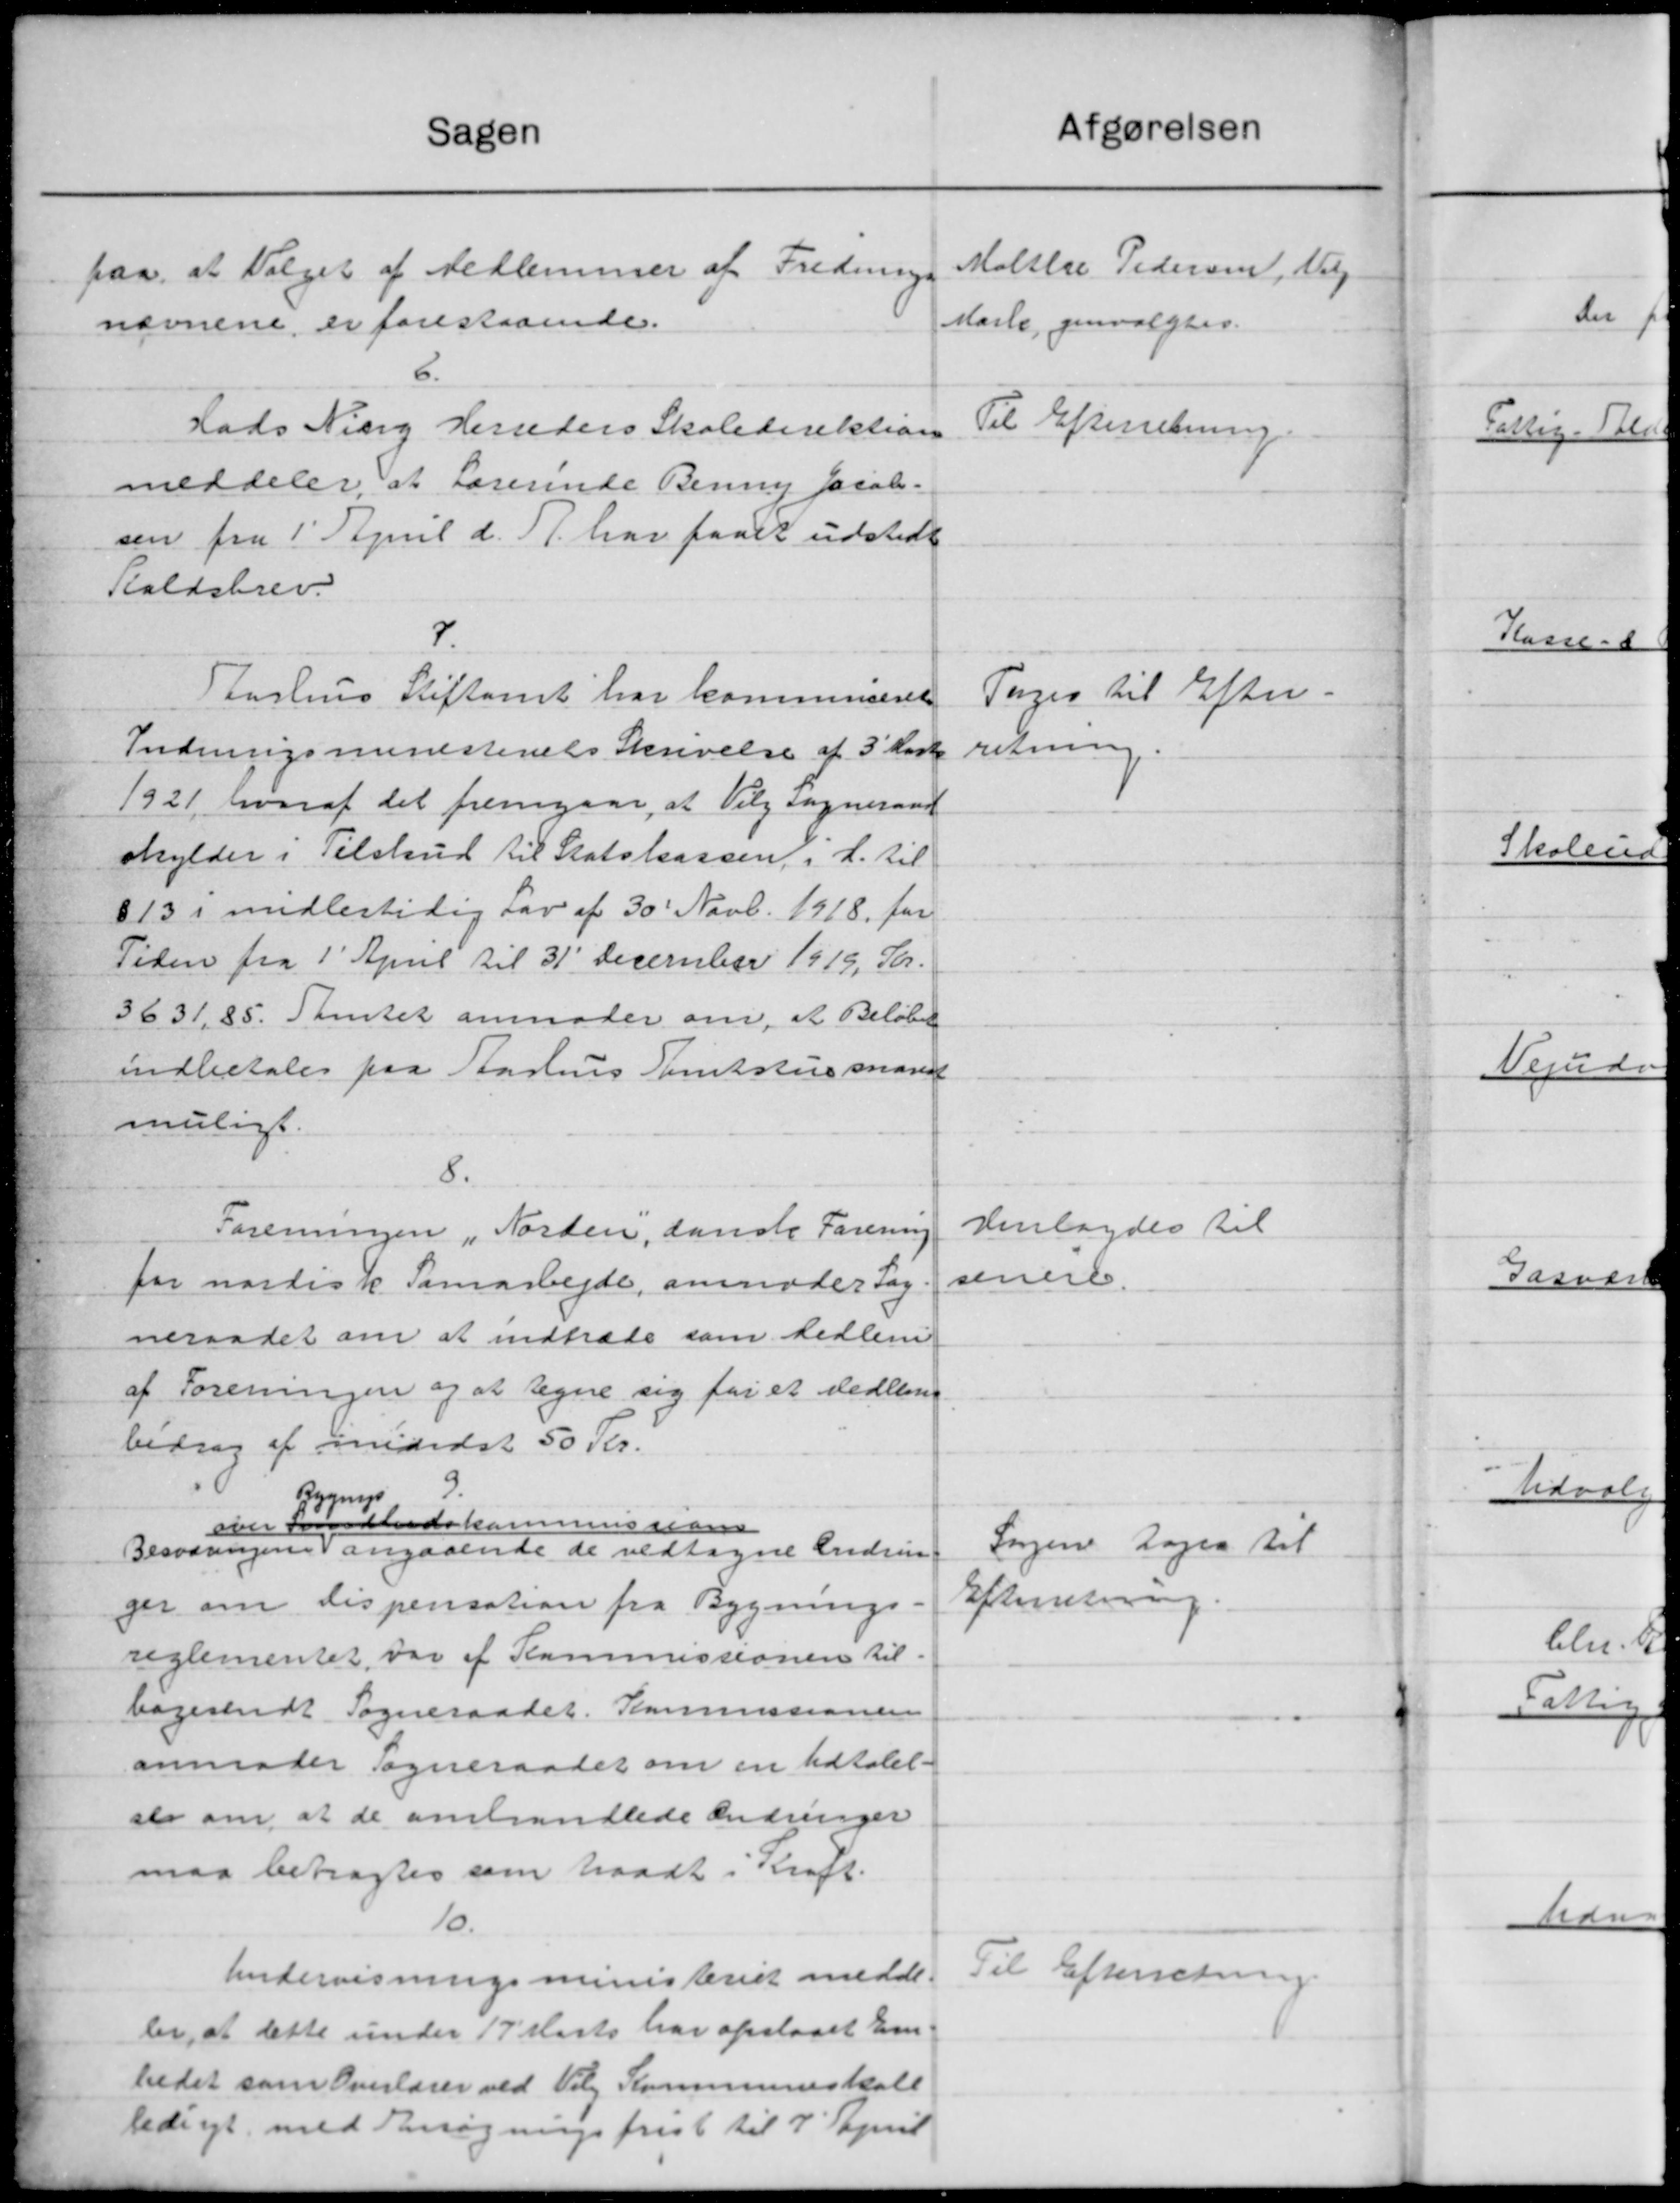
Transskription:
Sagen
paa, at Valget af Medlemmer af Frednings
nævnene er forestaaende.
6.
Hads Nierg Herreders Skoledirektion
meddeler, at Lærerinde Benny Jacob-
sen fra 1' April d. A. har faaet udstede
Staldsbrev.
7
Aarhus Stiftamt har kommuneret
Indenrigsministeriets Skrivelse af 3 Karte
1921, hvoraf det fremgaar, at Vilg Sogneraad
skylder i Tilskud til Statskassen i H. til
§13 i midlertidig Lov af 30' Novb. 1918 for
Tiden fra 1' April til 31' December 1919. Skr.
3631,85. Samtet anmoder om, at Beløbe
indbetales paa Aarhus Amtstue savn
muligt.
8.
Foreningen Norden, danske Forening
for nordisk Samarbejde, anmoder Sog
neraadet om at indtræde som Medlem
af Foreningen og at tegne sig for et Medlem
bidrag af mididst 50 Kr.
9.
Bygnings
over Somhedskommissione
Besværingen angaaende de vedtagne Endrin
ger om Dispensation fra Bygnings
reglementet, var af Kommissionen til
bagesendt Sogneraadet. Kommissionen
anmoder Sogneraadet om en Udtalel-
sle om at de omhandlede Ændringer
maa betragtes som traadt i Kraft.
10.
Undervisningsministeriet medde.
ler, at dette under 17 Marts har opslaaet Em
bedet som Overlærer ved Viby Kommuneskole
ledigt med Ansøgningsfrist til 7' April